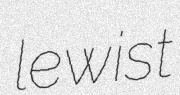
lewist